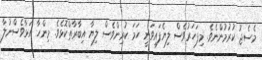
މެސެޖު ކުރުމުންނެވެ. މިފަހަރުވެސް ލިޔެފައިވަނީ ހަމަ ކުރިންވެސް ލިޔާ އިބާރާތްކޮޅެވެ. މިންހާ އަޅާވެސްނުލާ